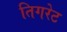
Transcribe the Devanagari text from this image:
तिगरेट